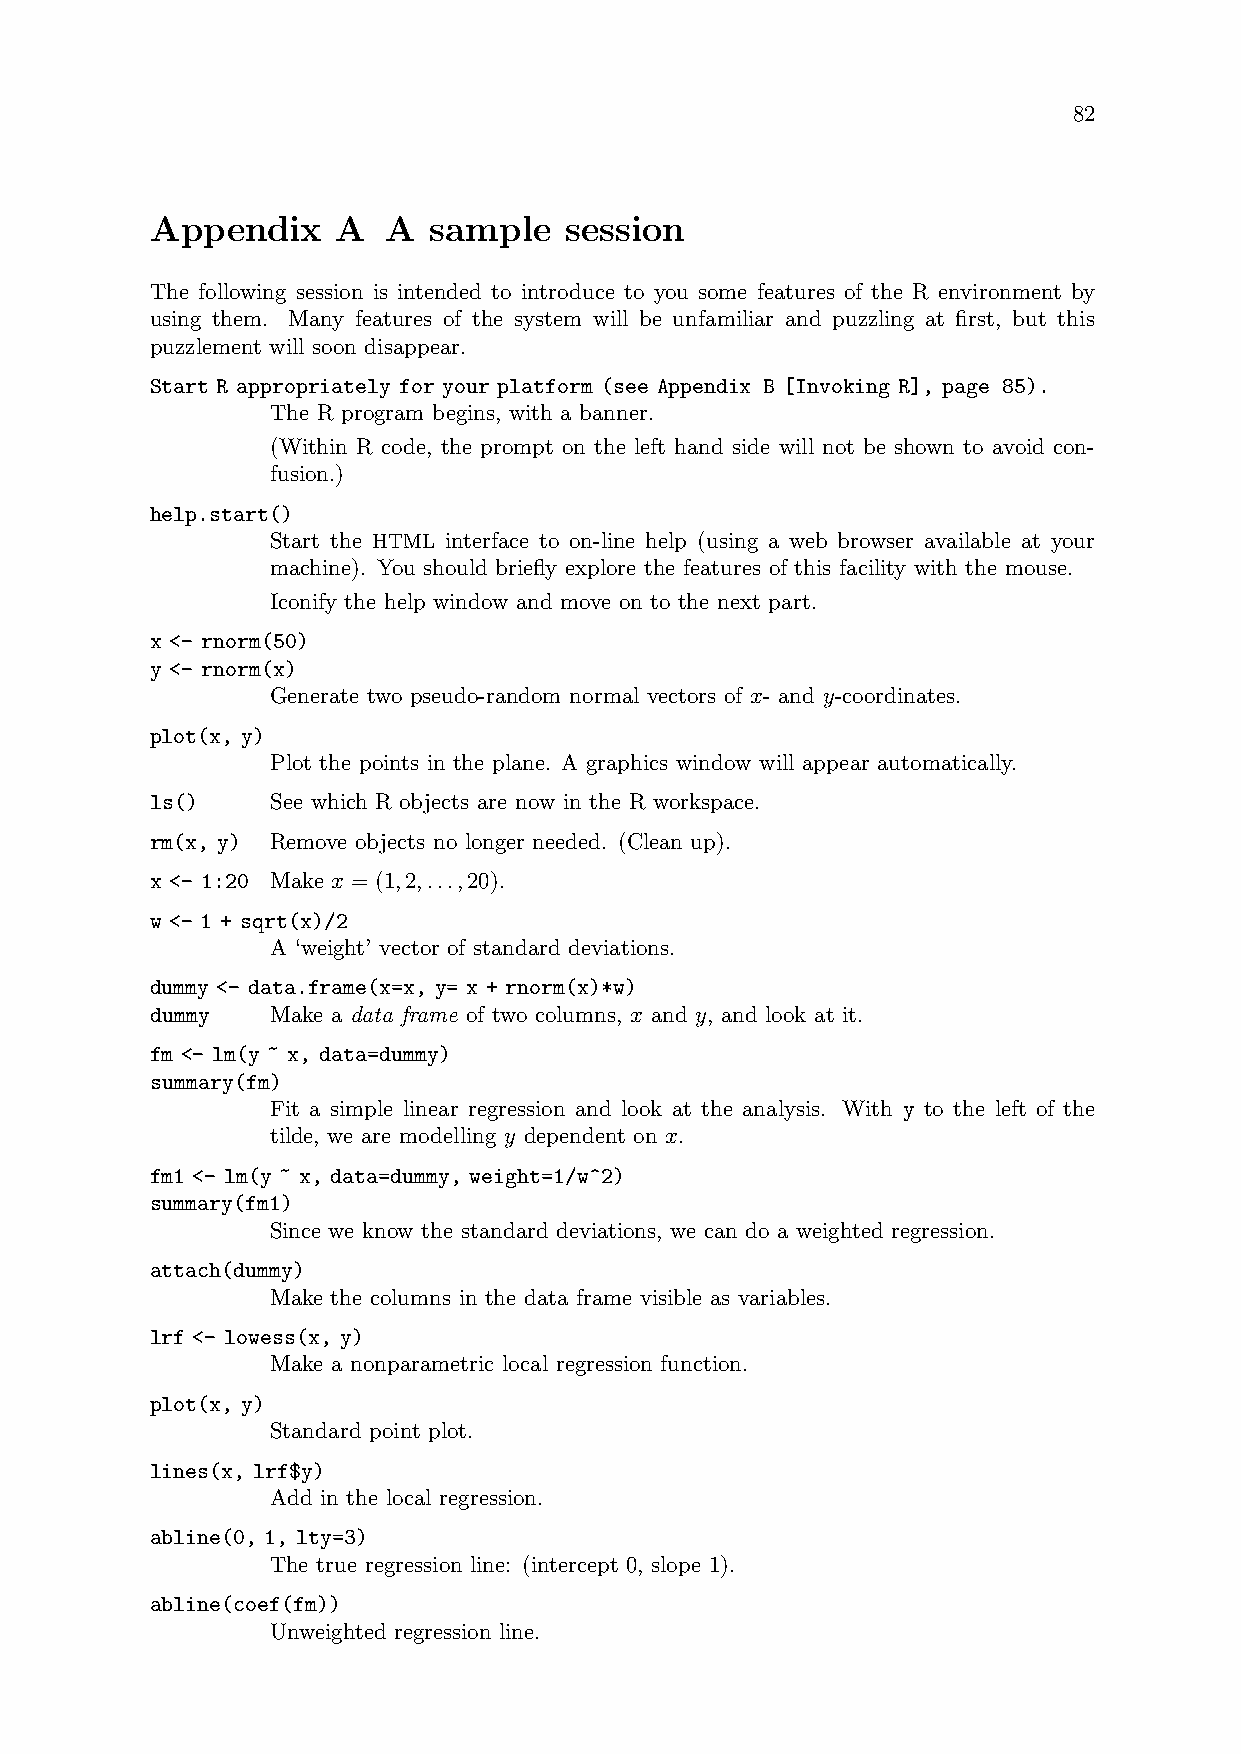
82
 Appendix    A   A sample   session
 The following session is intended to introduce to you some features of the R environment by
 using them. Many features of the system will be unfamiliar and puzzling at first, but this
 puzzlement will soon disappear.
 Start R appropriately for your platform (see Appendix B [Invoking R], page 85).
 The R program begins, with a banner.
 (Within R code, the prompt on the left hand side will not be shown to avoid con-
 fusion.)
 help.start()
 Start the HTML interface to on-line help (using a web browser available at your
 machine). You should briefly explore the features of this facility with the mouse.
 Iconify the help window and move on to the next part.
 x <- rnorm(50)
 y <- rnorm(x)
 Generate two pseudo-random normal vectors of x- and y-coordinates.
 plot(x, y)
 Plot the points in the plane. A graphics window will appear automatically.
 ls()    See which R objects are now in the R workspace.
 rm(x, y) Remove objects no longer needed. (Clean up).
 x <- 1:20 Make x = (1,2,...,20).
 w <- 1 + sqrt(x)/2
 A ‘weight’ vector of standard deviations.
 dummy <- data.frame(x=x, y= x + rnorm(x)*w)
 dummy   Make a data frame of two columns, x and y, and look at it.
 fm <- lm(y ~ x, data=dummy)
 summary(fm)
 Fit a simple linear regression and look at the analysis. With y to the left of the
 tilde, we are modelling y dependent on x.
 fm1 <- lm(y ~ x, data=dummy, weight=1/w^2)
 summary(fm1)
 Since we know the standard deviations, we can do a weighted regression.
 attach(dummy)
 Make the columns in the data frame visible as variables.
 lrf <- lowess(x, y)
 Make a nonparametric local regression function.
 plot(x, y)
 Standard point plot.
 lines(x, lrf$y)
 Add in the local regression.
 abline(0, 1, lty=3)
 The true regression line: (intercept 0, slope 1).
 abline(coef(fm))
 Unweighted regression line.